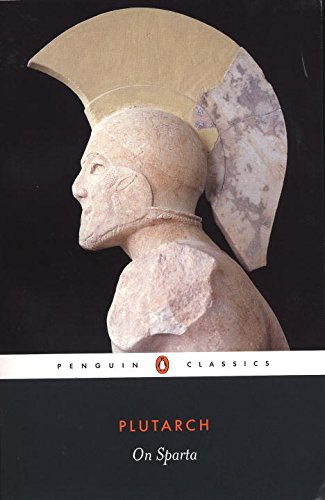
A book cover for On Sparta (Penguin Classics); Plutarch; History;